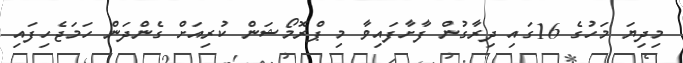
މިދިޔަ މަހުގެ 16ގައި ދިރާގުން ފާށާފައިވާ މި ޕްރޮމޯޝަން ކުރިއަށް ގެންދަން ހަމަޖެހިފައި